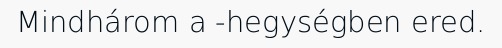
Mindhárom a -hegységben ered.